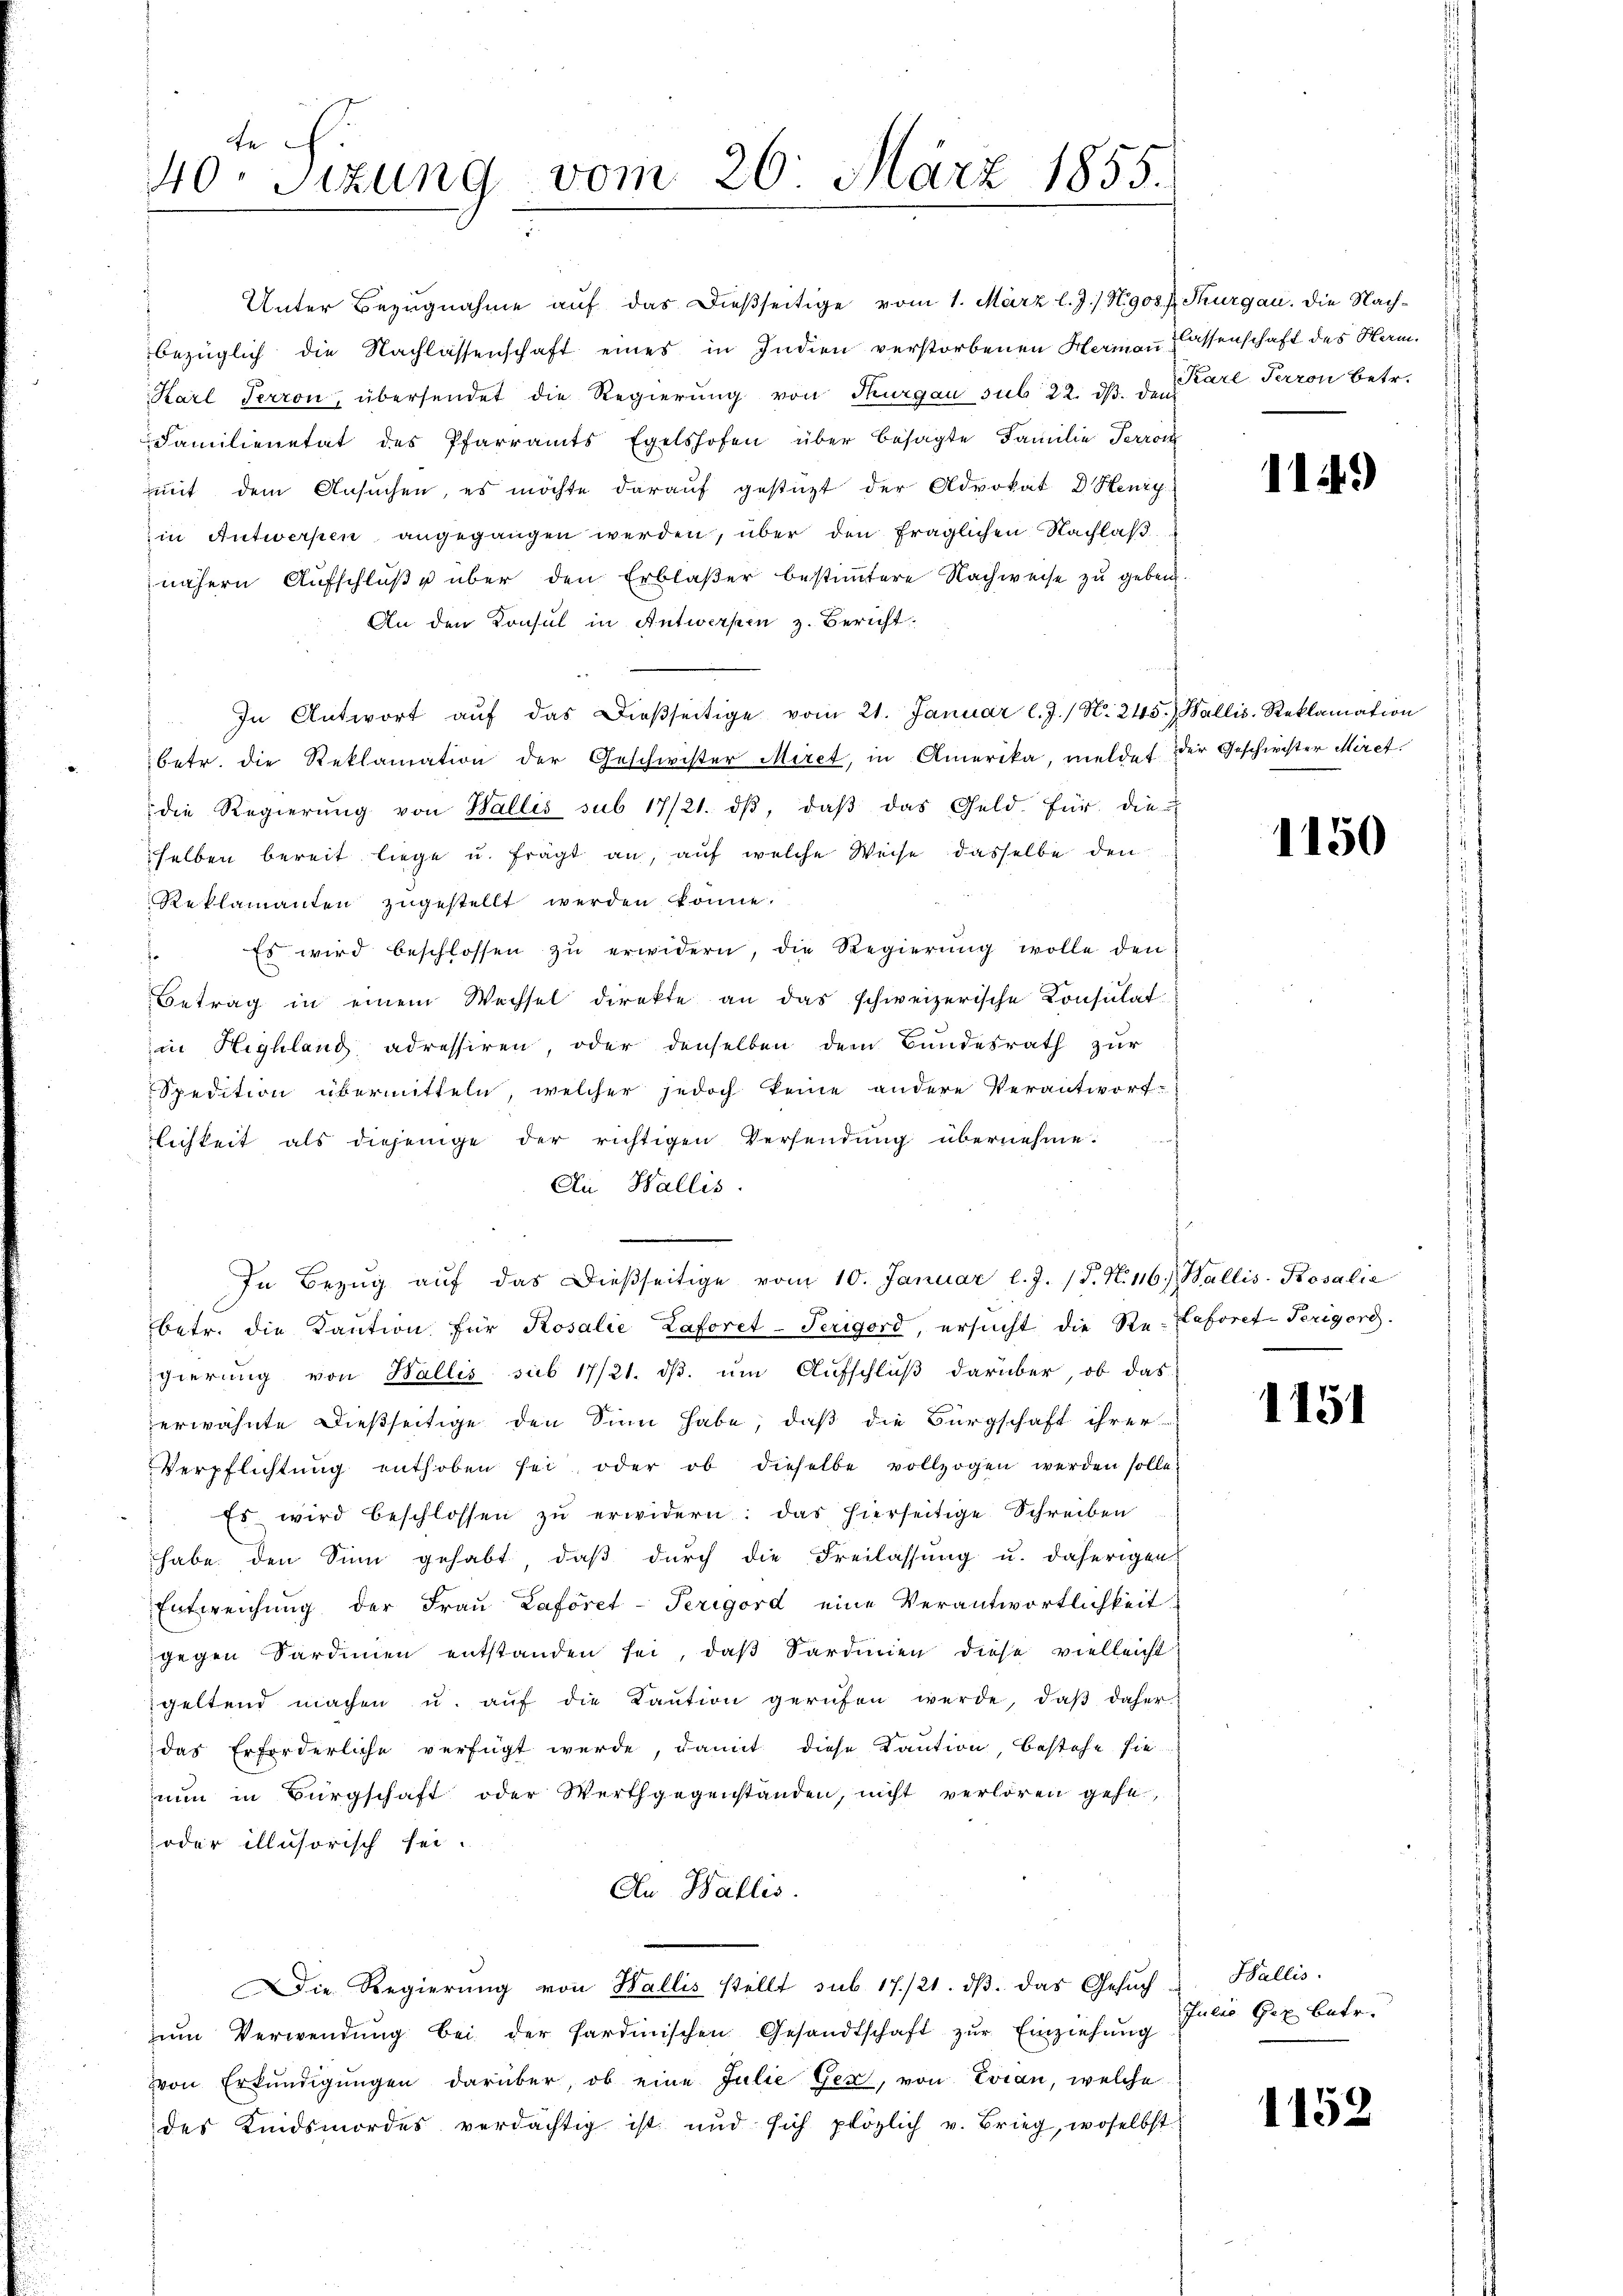
fe
40. Setzung vom 26. März 1855.

Unter Bezugnahme auf das dießseitige vom 1. März l. J. / N908 f. Thurgau. Die Nachbezüglich die Nachlassenschaft eines in Indien verstorbenen Herman Klassenschaft des Herm.
Karl Terron, übersendet die Regierung von Thurgau sub 22. ds. den Pare Terron betr.
Familienetät des Pfarramts Egelshofen über besagte Familie Terron
mit dem Ansuchen, es möchte darauf gestüzt der Advokat D Henzy-
in Antwerpen angegangen werden, über den fraglichen Nachlaß
nähern Aufschlŭβ u über den Erblaser bestimmtere Nachweise zu geben.
An den Konsul in Antwerpen z. Bericht.
In Antwort aŭf das dieβseitige vom 21. Januar l. J. / N. 245.) Wallis, Reklamation
betr. die Reklamation der Geschwister Miret, in Amerika, meldet der Geschwister Miret
die Regierŭng von Wallis sub 17/21. dβ, daβ das Geld für die
selben bereit liege u. frägt an, auf welche Weise dasselbe den
Reklamanten zŭgestellt werden könne.
Es wird beschlossen zŭ erwidern, die Regierŭng wolle den
Betrag in einem Wechsel direkte an das schweizerische Konsulat
in Highland adressiren, oder denselben dem Bundesrath zur
Spedition übermitteln, welcher jedoch keine andere Verantwort-
lichkeit als diejenige der richtigen Versendung übernehme.
An Wallis.
In Bezŭg aŭf das dieβseitige vom 10. Januar l. J. J. N. 116. Wallis-Kosalie
betr. die Kaŭtion für Rosalie Laforet-Terigord, ersucht die Re- Laforet-Terigoro.
gierung von Wallis sub 17/21. ds. um Aufschluß darüber, ob das
erwähnte dießseitige den Sinn habe, daß die Bürgschaft ihrer
Verpflichtŭng enthoben sei, oder ob dieselbe vollzogen werden solle,
Es wird beschlossen zŭ erwidern: das hierseitige Schreiben
habe den Sinn gehabt, daß durch die Freilassung u. daherigen
Entweichung der Fraŭ Laforet-Perigord eine Verantwortlichkeit
gegen Sardinen entstanden sei, daß Sardinien diese vielleicht
geltend machen u. aŭf die Kaŭtion gerufen werde, daβ daher
das Erforderliche verfügt werde, damit diese Kaution, bestehe sie
nŭn in Bürgschaft oder Werthgegenstanden, nicht verlören gehe
oder illusorisch sei.
An Wallis.
Die Regierŭng von Wallis stellt sub 17./21. dβ das Gesŭch Wallis.
zum Verwendung bei der Sardinischen Gesandtschaft zur Einziehung Julio Grx betr.
von Erkŭndigŭngen darüber, ob eine Julie Gex, von Evian, welche
des Kindsmordes verdächtig ist und sich plözlich v. Brieg, woselbst

114.)

1150

1151

1152